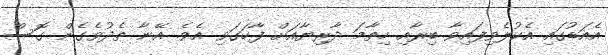
އެއަޑުގައި އެކުލެވިފައިވާ ބިރާއި ހިތާމަ ދާރިޔާއަށް ފާހަގަވި އެވެ. އޭނާ ތެދުވެގެން ގޮސް